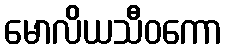
မောလိယသီဝကော